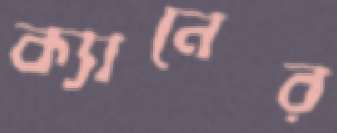
ক্যানের